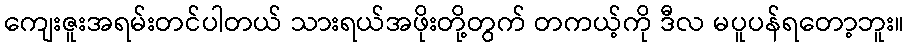
ကျေးဇူးအရမ်းတင်ပါတယ် သားရယ်အဖိုးတို့တွက် တကယ့်ကို ဒီလ မပူပန်ရတော့ဘူး။